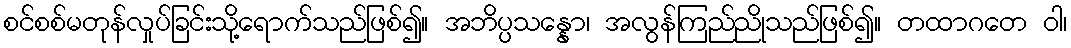
စင်စစ်မတုန်လှုပ်ခြင်းသို့ရောက်သည်ဖြစ်၍။ အဘိပ္ပသန္နော၊ အလွန်ကြည်ညိုသည်ဖြစ်၍။ တထာဂတေ ဝါ၊